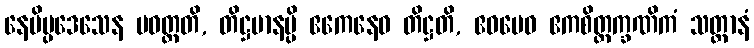
နေမိပ္ပဒေသေန ပဝတ္တတိ, တိဋ္ဌမာနမ္ပိ ဧကေနေဝ တိဋ္ဌတိ, ဧဝမေဝ ဧကစိတ္တက္ခဏိကံ သတ္တာနံ